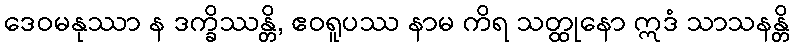
ဒေဝမနုဿာ န ဒက္ခိဿန္တိ, ဧဝရူပဿ နာမ ကိရ သတ္ထုနော ဣဒံ သာသနန္တိ